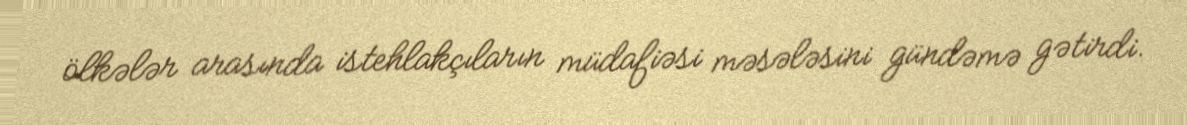
ölkələr arasında istehlakçıların müdafiəsi məsələsini gündəmə gətirdi.